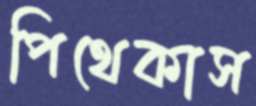
পিথেকাস